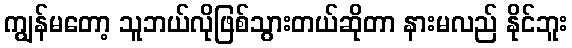
ကျွန်မတော့ သူဘယ်လိုဖြစ်သွားတယ်ဆိုတာ နားမလည် နိုင်ဘူး